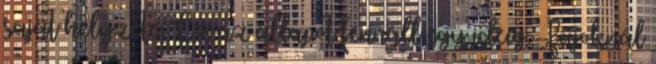
saját helyzete. Ez az állapot fennáll egy ideig. Fajoknál